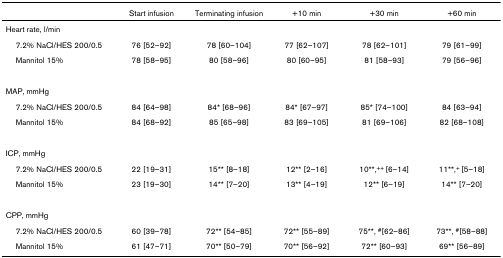
<table><thead><tr><td></td><td><b>Start infusion</b></td><td><b>Terminating infusion</b></td><td><b>+10 min</b></td><td><b>+30 min</b></td><td><b>+60 min</b></td></tr></thead><tbody><tr><td>Heart rate, l/min</td><td></td><td></td><td></td><td></td><td></td></tr><tr><td> 7.2% NaCl/HES 200/0.5</td><td>76 [52–92]</td><td>78 [60–104]</td><td>77 [62–107]</td><td>78 [62–101]</td><td>79 [61–99]</td></tr><tr><td> Mannitol 15%</td><td>78 [58–95]</td><td>80 [58–96]</td><td>80 [60–95]</td><td>81 [58–93]</td><td>79 [56–96]</td></tr><tr><td>MAP, mmHg</td><td></td><td></td><td></td><td></td><td></td></tr><tr><td> 7.2% NaCl/HES 200/0.5</td><td>84 [64–98]</td><td>84* [68–96]</td><td>84* [67–97]</td><td>85* [74–100]</td><td>84 [63–94]</td></tr><tr><td> Mannitol 15%</td><td>84 [68–92]</td><td>85 [65–98]</td><td>83 [69–105]</td><td>81 [69–106]</td><td>82 [68–108]</td></tr><tr><td>ICP, mmHg</td><td></td><td></td><td></td><td></td><td></td></tr><tr><td> 7.2% NaCl/HES 200/0.5</td><td>22 [19–31]</td><td>15** [8–18]</td><td>12** [2–16]</td><td>10**,<sup>++ </sup>[6–14]</td><td>11**,<sup>+ </sup>[5–18]</td></tr><tr><td> Mannitol 15%</td><td>23 [19–30]</td><td>14** [7–20]</td><td>13** [4–19]</td><td>12** [6–19]</td><td>14** [7–20]</td></tr><tr><td>CPP, mmHg</td><td></td><td></td><td></td><td></td><td></td></tr><tr><td> 7.2% NaCl/HES 200/0.5</td><td>60 [39–78]</td><td>72** [54–85]</td><td>72** [55–89]</td><td>75**, <sup>#</sup>[62–86]</td><td>73**, <sup>#</sup>[58–88]</td></tr><tr><td> Mannitol 15%</td><td>61 [47–71]</td><td>70** [50–79]</td><td>70** [56–92]</td><td>72** [60–93]</td><td>69** [56–89]</td></tr></tbody></table>